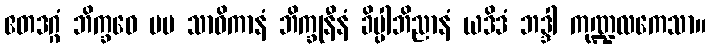
ဧတဒဂ္ဂံ ဘိက္ခဝေ မမ သာဝိကာနံ ဘိက္ခုနီနံ ခိပ္ပါဘိညာနံ ယဒိဒံ ဘဒ္ဒါ ကုဏ္ဍလကေသာ။